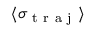
\langle \sigma _ { \mathrm { ~ t ~ r ~ a ~ j ~ } } \rangle